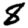
Digit: 8